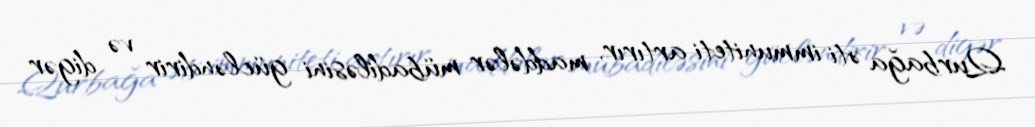
Qurbağa əti immuniteti artırır, maddələr mübadiləsini gücləndirir və digər